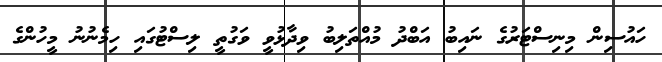
ހައުސިން މިނިސްޓަރުގެ ނައިބު އަބްދު މުއްތަލިބު ވިދާޅުވީ ވަގުތީ ލިސްޓުގައި ހިމެނުނު މީހުންގެ